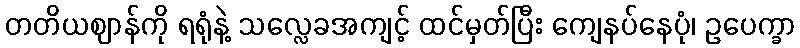
တတိယဈာန်ကို ရရုံနဲ့ သလ္လေခအကျင့် ထင်မှတ်ပြီး ကျေနပ်နေပုံ၊ ဥပေက္ခာ